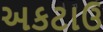
અકટાઉ